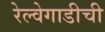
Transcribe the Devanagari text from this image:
रेल्वेगाडीची